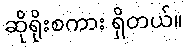
ဆိုရိုးစကား ရှိတယ်။